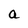
Character: a